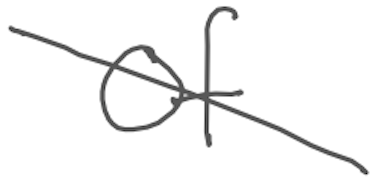
Text: of
Cross-out: diagonal
Writing tool: digital_gray